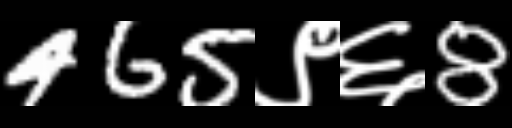
Text: 465९६8